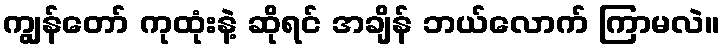
ကျွန်တော် ကုထုံးနဲ့ ဆိုရင် အချိန် ဘယ်လောက် ကြာမလဲ။